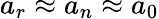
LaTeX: a_{r}\approx a_{n}\approx a_{0}